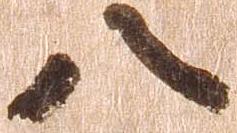
八